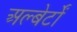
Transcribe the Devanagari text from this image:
अल्बेर्टों